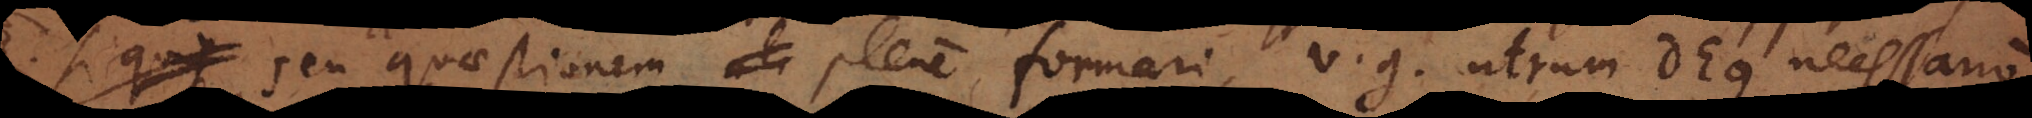
seu quaestionem ali plene formari, v.g. utrum Deus necessario